Civil Veterinary Department. Madras. Admin. report 1910-25 - 1910-1925
Year: 1910
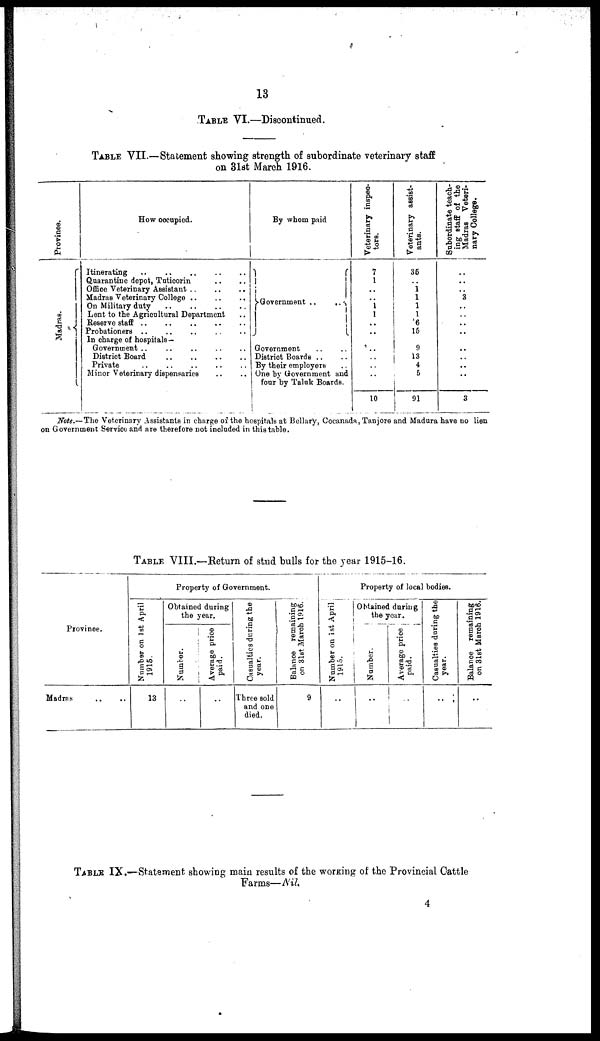
13
TABLE VI.—Discontinued.
TABLE VII.—Statement showing strength of subordinate veterinary staff
on 31st March 1916.
Province.
Madras.
How occupied.
Itinerating .. .. .. .. ..
Quarantine depot, Taticorin .. ..
Office Veterinary Assistant
..
..
..
Madras Veterinary College .. .. ..
On Military duty .. .. .. ..
Lent to the Agricultural Department ..
Reserve staff .. .. .. .. ..
Probationers .. .. .. .. ..
In charge of hospitals—
Government
..
..
..
..
..
District Board
..
..
..
..
Private
..
..
..
..
..
Minor Veterinary dispensaries .. ..
By whom paid
Government ..
..
Government .. ..
District Boards .. ..
By their employers ..
One by Government and
four by Taluk Boards.
Veterinary inspec-
tors.
7
1
..
.. 1
1
..
..
.. ..
..
..
10
Veterinary assist-
ants.
35
..
1 1
1
1
6
15
9
13
4
5
91
Subordinate teach-
ing staff of the
Madras Veteri-
nary College.
..
..
..
3
..
..
..
..
..
..
..
..
3
Note.—The Veterinary Assistants in charge of the hospitals at Bellary, Cocanada, Tanjore and Madura have no lien
on Government Service and are therefore not included in this table.
TABLE VIII.—Return of stud bulls for the year 1915-16.
Province.
Madras .. ..
Property of Government.
Number on 1st April
1916.
13
Obtained during
the year.
Number.
..
Average price
paid.
..
Casualties during the
year.
Three sold
and one
died.
Balance remaining
on 31st March 1916.
9
Property of local bodies.
Number on 1st April
1915.
..
Obtained during
the year.
Number.
..
Average price
paid.
..
Casualties during the
year.
..
Balance remaining
on 31st March 1916.
..
TABLE IX.—Statement showing main results of the working of the Provincial Cattle
Farms—Nil
4